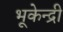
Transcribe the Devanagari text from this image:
भूकेन्द्री